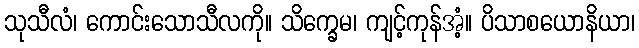
သုသီလံ၊ ကောင်းသောသီလကို။ သိက္ခေမ၊ ကျင့်ကုန်အံ့။ ပိသာစယောနိယာ၊